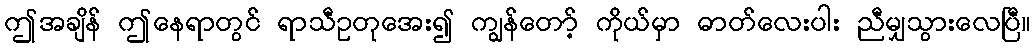
ဤအချိန် ဤနေရာတွင် ရာသီဥတုအေး၍ ကျွန်တော့် ကိုယ်မှာ ဓာတ်လေးပါး ညီမျှသွားလေပြီ။